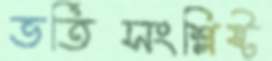
ভর্তিসংশ্লিষ্ট